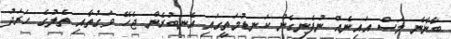
ބާނާނެ މަސް އައިނެއް ނުފެނިގެން ކަނޑުމަތީގައި އެނބުރެން ޖެހޭ ވަގުތާއި ތެލުގެ ހަރަދު